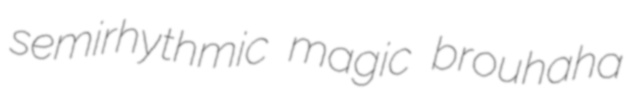
semirhythmic magic brouhaha